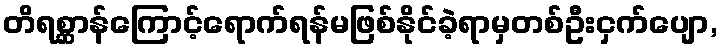
တိရစ္ဆာန်ကြောင့်ရောက်ရန်မဖြစ်နိုင်ခဲ့ရာမှတစ်ဦးငှက်ပျော,